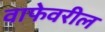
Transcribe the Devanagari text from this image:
वाफेवरील